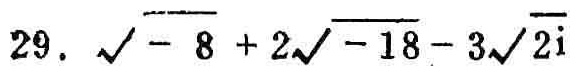
\(29.\ \sqrt{- 8}+2\sqrt{-18}-3\sqrt{2}\mathrm{i}\)